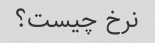
نرخ چیست؟